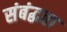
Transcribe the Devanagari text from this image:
संबंद्धता